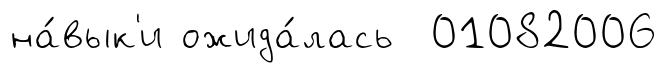
на́вык'и ожида́лась 01082006